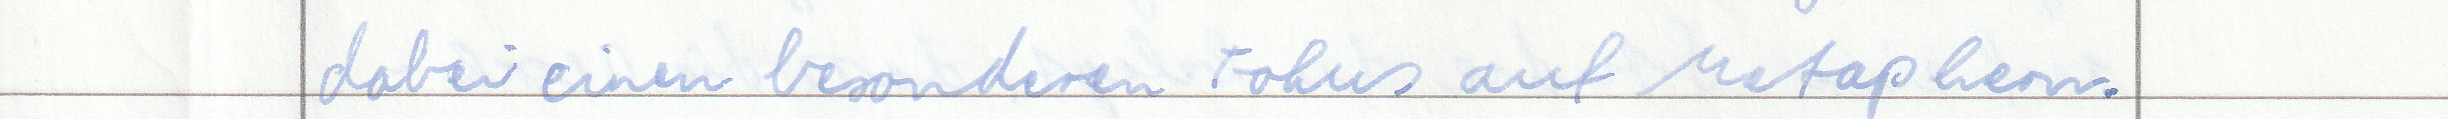
dabei einen besonderen Fokus auf Metaphern.